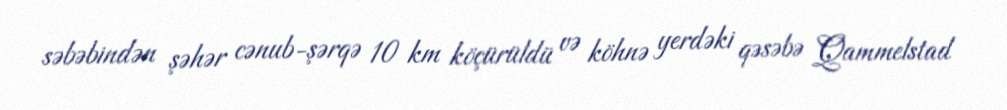
səbəbindən şəhər cənub-şərqə 10 km köçürüldü və köhnə yerdəki qəsəbə Qammelstad